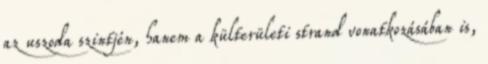
az uszoda szintjén, hanem a külterületi strand vonatkozásában is,